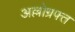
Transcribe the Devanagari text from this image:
अल्लोग्रफ्त